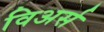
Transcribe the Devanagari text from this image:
विअर्स